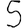
Digit: 5